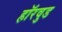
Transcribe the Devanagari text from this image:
हॉरवुड